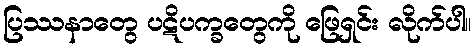
ပြဿနာတွေ ပဋိပက္ခတွေကို ဖြေရှင်း လိုက်ပါ။